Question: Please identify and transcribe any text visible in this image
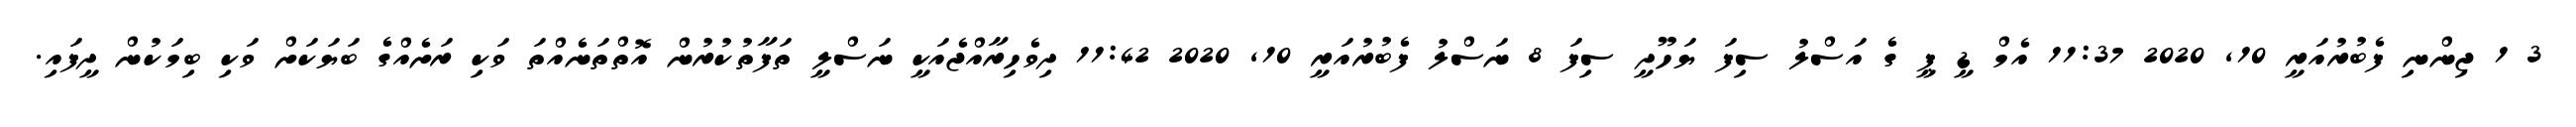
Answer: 3 1 ޖިންނި ފެބުރުއަރީ 10, 2020 11:37 އެމް ޑީ ޕީ ގެ އަސްލު ސިފަ ޔަހޫދީ ސިފަ 8 ނަސްލު ފެބުރުއަރީ 10, 2020 11:42 ދިވެހިރާއްޖެއަކީ ނަސްލީ ތަފާތުކުރުން އޮތްތަނެއްތަ ވަކި ރަށެއްގެ ބަޔަކަށް ވަކި ބިމަކުން ދީފައި.